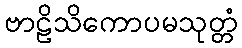
ဗာဠိသိကောပမသုတ္တံ